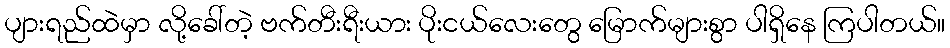
ပျားရည်ထဲမှာ လို့ခေါ်တဲ့ ဗက်တီးရီးယား ပိုးငယ်လေးတွေ မြောက်များစွာ ပါရှိနေ ကြပါတယ်။